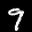
Label: 9